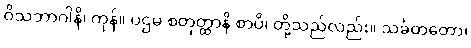
ဝိသဘာဂါနိ၊ ကုန်။ ပဌမ စတုတ္ထာနိ စာပိ၊ တို့သည်လည်း။ သင်္ခတတော၊